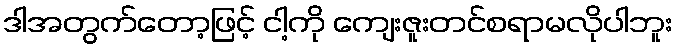
ဒါအတွက်တော့ဖြင့် ငါ့ကို ကျေးဇူးတင်စရာမလိုပါဘူး